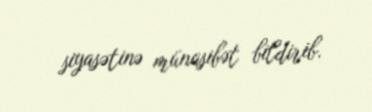
siyasətinə münasibət bildirib.